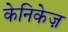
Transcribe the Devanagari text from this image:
केनिकेज़